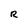
Character: R